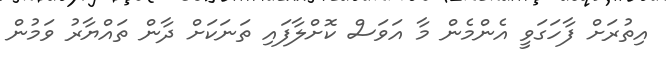
އިތުރަށް ފާހަގަވީ އެންމެން މާ އަވަސް ކޮށްލާފައި ތަނަކަށް ދާން ތައްޔާރު ވަމުން